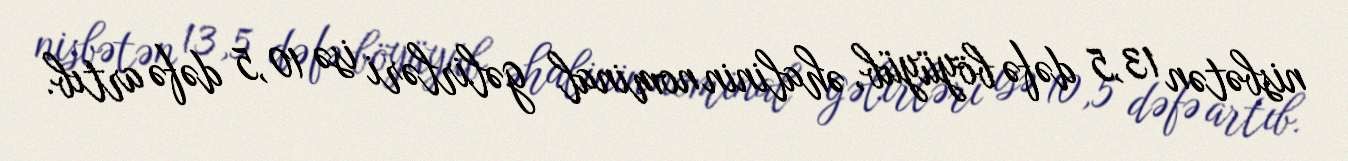
nisbətən 13,5 dəfə böyüyüb, əhalinin nominal gəlirləri isə 10,5 dəfə artıb.